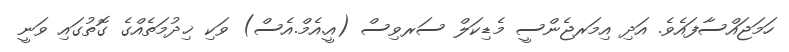
ހަމަޖައްސާފައެވެ. އަދި އިމަރޖެންސީ މެޑިކަލް ސަރވިސް (އީ.އެމް.އެސް) ވަކި ޚިދުމަތެއްގެ ގޮތުގައި ވަނީ